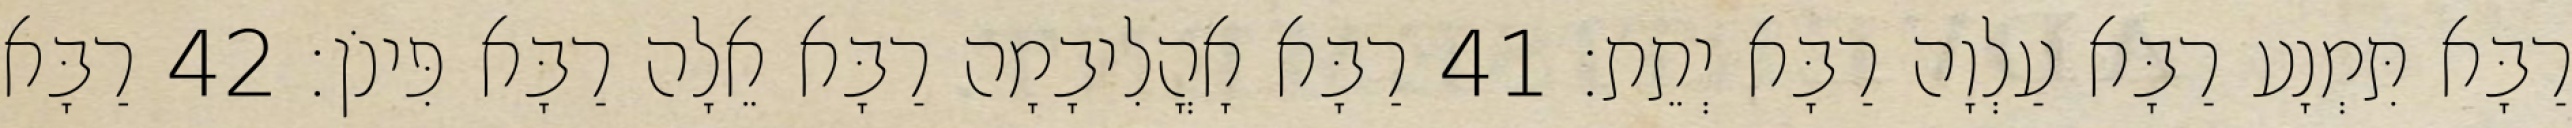
רַבָּא תִּמְנָע רַבָּא עַלְוָה רַבָּא יְתֵת׃ 41 רַבָּא אָהֳלִיבָמָה רַבָּא אֵלָה רַבָּא פִּינֹן׃ 42 רַבָּא